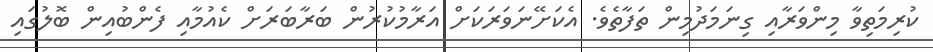
ކުރިމަތިވާ މިންވަރާއި ގިނަމަދުމިން ތަފާތެވެ. އެކަށޭނަވަރަކަށް އަރާމުކުރުން ބަރާބަރަށް ކެއުމާއި ފެންބުއިން ބޮލުގައި